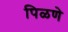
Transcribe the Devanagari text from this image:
पिळणे